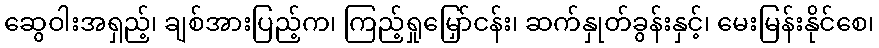
ဆွေဝါးအရှည့်၊ ချစ်အားပြည့်က၊ ကြည့်ရှုမြှော်ငန်း၊ ဆက်နှုတ်ခွန်းနှင့်၊ မေးမြန်းနိုင်စေ၊